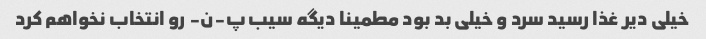
خیلی دیر غذا رسید سرد و خیلی بد بود مطمینا دیگه سیب پ-ن- رو انتخاب نخواهم کرد